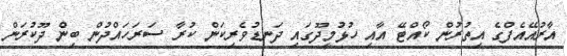
އާރުއޭއެފްގެ އިތުރުން ކޯއްޓޭ އާއި ހުޅުމީދޫގައި ދަނޑުވެރިކަން ކުރާ ސަރަހައްދުން ބިން ދޫކުރަން